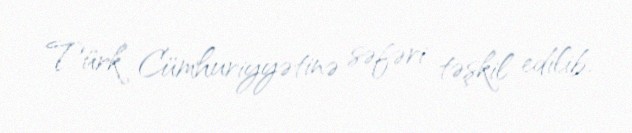
Türk Cümhuriyyətinə səfəri təşkil edilib.